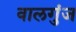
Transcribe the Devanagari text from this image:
वालगुंज